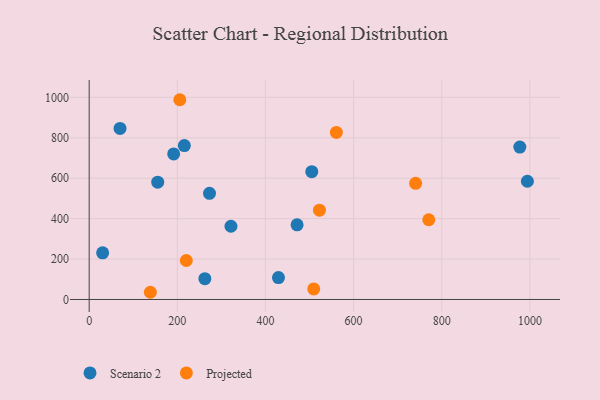
{"axis": {"x": "Speed", "y": "Profit"}, "legend": ["Projected", "Scenario 2"], "data": [{"x": "994.3", "y": 584.8, "type": "Scenario 2"}, {"x": "321.7", "y": 362.3, "type": "Scenario 2"}, {"x": "30.5", "y": 231.0, "type": "Scenario 2"}, {"x": "505.1", "y": 632.1, "type": "Scenario 2"}, {"x": "70.0", "y": 846.2, "type": "Scenario 2"}, {"x": "191.7", "y": 720.1, "type": "Scenario 2"}, {"x": "155.5", "y": 580.1, "type": "Scenario 2"}, {"x": "977.2", "y": 754.0, "type": "Scenario 2"}, {"x": "215.9", "y": 761.5, "type": "Scenario 2"}, {"x": "429.5", "y": 108.2, "type": "Scenario 2"}, {"x": "273.0", "y": 524.9, "type": "Scenario 2"}, {"x": "262.5", "y": 102.9, "type": "Scenario 2"}, {"x": "471.7", "y": 369.4, "type": "Scenario 2"}, {"x": "509.5", "y": 52.1, "type": "Projected"}, {"x": "205.6", "y": 988.2, "type": "Projected"}, {"x": "220.4", "y": 192.9, "type": "Projected"}, {"x": "740.7", "y": 574.8, "type": "Projected"}, {"x": "138.8", "y": 35.6, "type": "Projected"}, {"x": "522.5", "y": 441.9, "type": "Projected"}, {"x": "770.6", "y": 394.3, "type": "Projected"}, {"x": "560.9", "y": 826.4, "type": "Projected"}]}